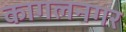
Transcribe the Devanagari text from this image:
कागलनगर